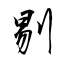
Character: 剔